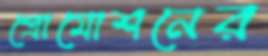
প্রোমোশনের